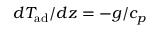
d T _ { \mathrm { a d } } / d z = - g / c _ { p }